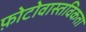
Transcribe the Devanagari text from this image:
फ़ोटोवास्तविकता